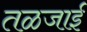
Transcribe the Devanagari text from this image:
तळजाई